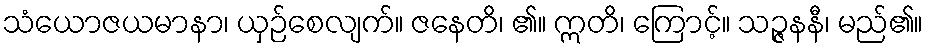
သံယောဇယမာနာ၊ ယှဉ်စေလျက်။ ဇနေတိ၊ ၏။ ဣတိ၊ ကြောင့်။ သဉ္ဇနနီ၊ မည်၏။